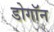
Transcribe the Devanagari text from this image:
डोगॉन